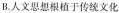
B.人文思想根植于传统文化